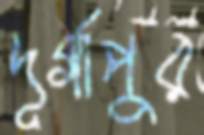
দূর্গাপুর